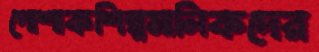
পোশাকশিল্পমালিকদের